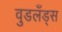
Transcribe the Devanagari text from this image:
वुडलँड्स